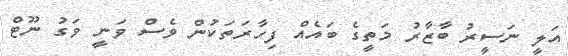
އަލީ ނަސީރު ބާޒާރު މަތީގެ ބައެއް ފިހާރަތަކުން ވެސް ވަނީ ވަގު ނޫޓް